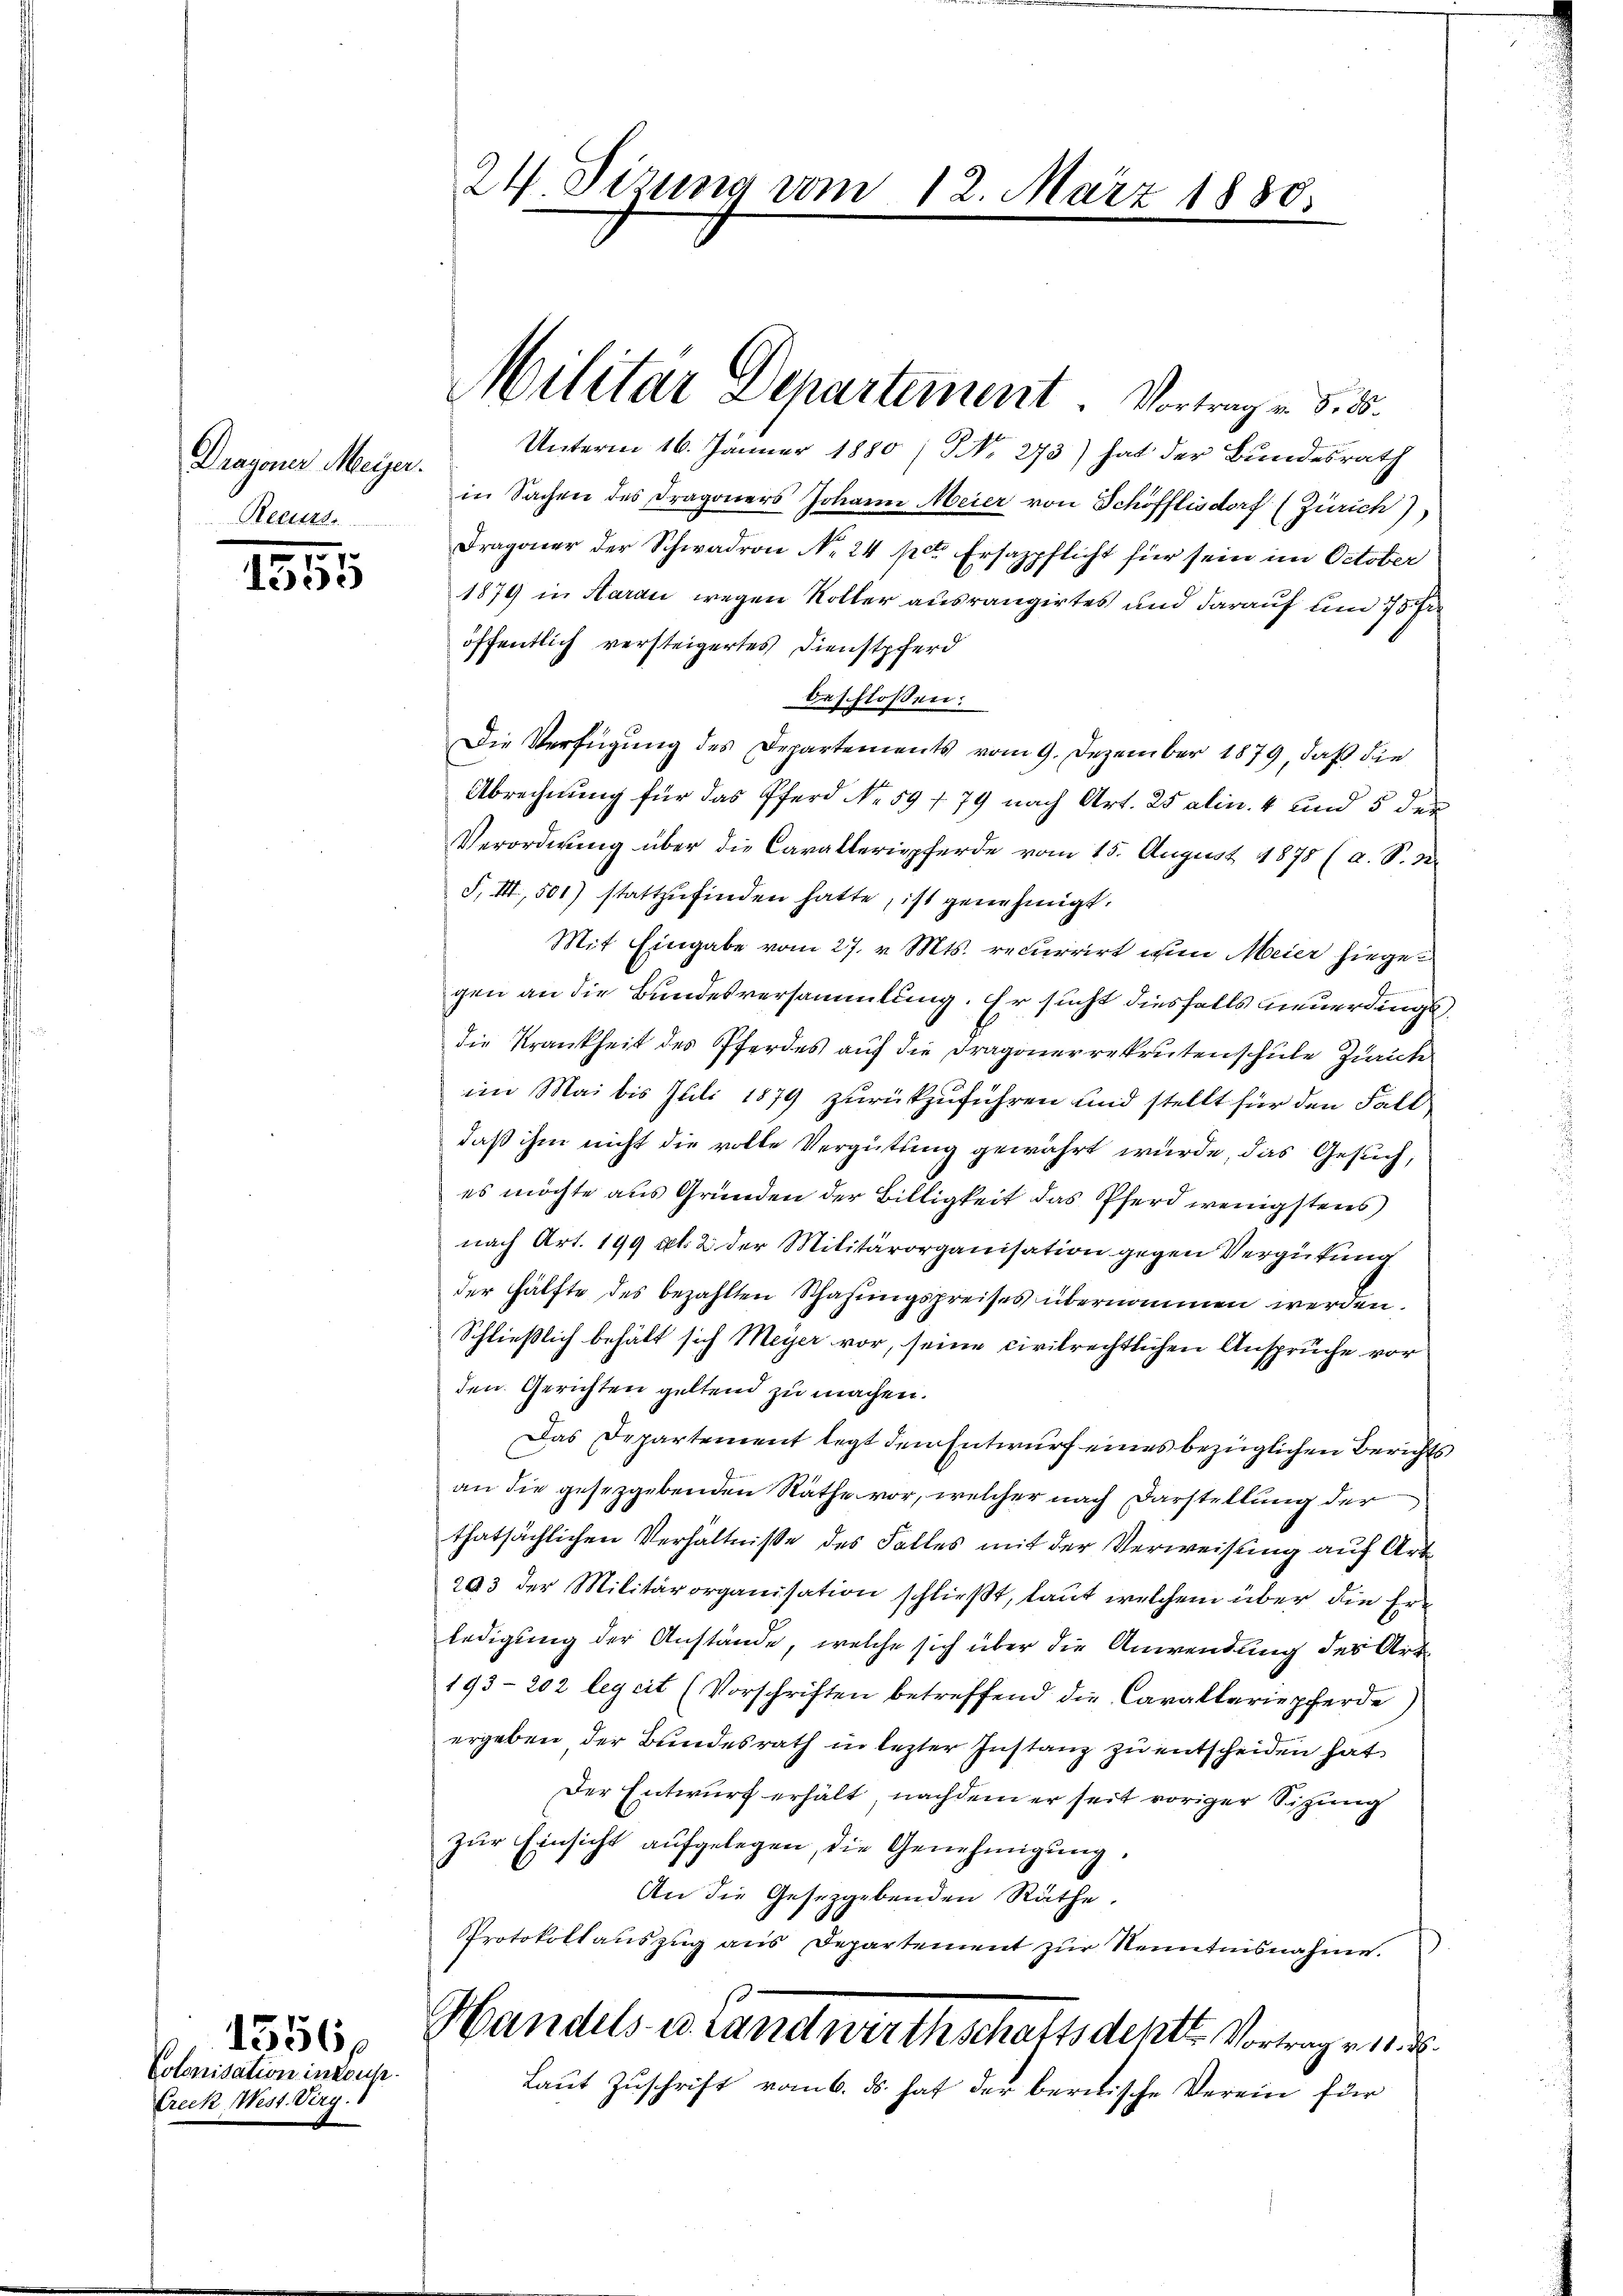
Dragoner Meyer.
Reu

.
1553

Colonisation in konst
Creck West. Virg.

1556 f

24 Sitzung vom 12. März 1880.

Militar Departement. Vortrag u. d. 25.

Unterm 16. Jänner 1880 / NNo. 273) hat der Bundesrath
in Sachen des Dragoners Johann Meier von Schöfflisdorf (Zürich),
Dragoner der Schwadron No. 24 pct. Ersazpflicht für sein im October
1879 in Aarau wegen Koller ausrangirtes und darauf und 75 Fr
öffentlich versteigertes Dienstpferd
beschlossen:
Die Verfügung des Departements vom 9. Dezember 1879, daß die
Abrechnung für das Pferd No. 59 f. 79 nach Art. 25 alin. 4 und 5 der
Verordnung über die Cavalleriepferde vom 15. August 1875 (a. S. Nr.
F. III, 501) stattzufinden hatte, ist genehmigt.
Mit Eingabe vom 27. v. Mts. recurrirt wer Meier hiege¬
.
gen an die Bundesversammlung. Er sucht diesfalls neuerdings,
die Krankheit des Pferdes auf die Dragonerrekrutenschule Zürich
im Mai bis Juli 1879 zurückzuführen und stellt für den Fall
daß ihm nicht die volle Vergütung gewährt wurde, das Gesuch,
es möchte aus Gründen der Billigkeit das Pferd wenigstens
nach Art. 199 rt. 2 der Militärorganisation gegen Vergütung
der Hälfte des bezahlten Schafungspreises übernommen werden.
Schließlich behält sich Meyer vor, seine civilrechtlichen Anspruche vor
den Gerichten geltend zu machen.
Das Departement legt den Entwurf eines bezüglichen Berichts
an die gesetzgebenden Räthe vor, welcher nach Darstellung der
thatsächlichen Verhältniße des Falles mit der Verweisung auf Art
293 der Militärorganisation schließt, laut welchem über die Erledigung der Anstände, welche sich über die Anwendung des Art.
193-202 legeit (Vorschriften betreffend die Cavalleriepferde)
ergeben der Bundesrath in letzter Instanz zu entscheiden hat
Der Entwurf erhält, nachdem er seit voriger Sitzung
zŭr Einsicht aufgelegen, die Genehmigung,
An die Gesezgebenden Räthe.
Protokollaŭszŭg aŭs Departement zŭr Kenntnisnahme.
Handels- u. Landwirthschaftsdekte Vortrag v.
Laut Zuschrift vom 6. ds. hat der bernische Verein für